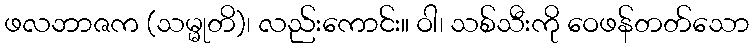
ဖလဘာဇက (သမ္မုတိ)၊ လည်းကောင်း။ ဝါ၊ သစ်သီးကို ဝေဖန်တတ်သော